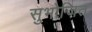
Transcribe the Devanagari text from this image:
सुभोजित